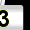
Digit: 3